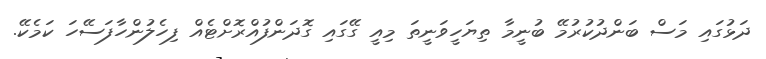
ދަޅުގައި މަސް ބަންދުކުރުމޭ ބުނީމާ ތިޔަހީވަނީތަ މިއީ ގޭގައި ގޮދަންފުއްރޮށްޓެއް ފިހެލުންހާފަސޭހަ ކަމެކޭ.